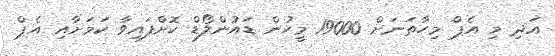
އަދި މި އެޕް މިހާތަނަށް 19000 މީހުން ޑައުންލޯޑް ކޮށްފައިވާ ކަމަށާއި އެޕް